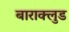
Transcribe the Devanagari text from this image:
बाराक्लुड